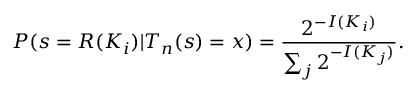
P ( s = R ( K _ { i } ) | T _ { n } ( s ) = x ) = { \frac { 2 ^ { - I ( K _ { i } ) } } { \sum _ { j } 2 ^ { - I ( K _ { j } ) } } } .